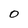
Character: O